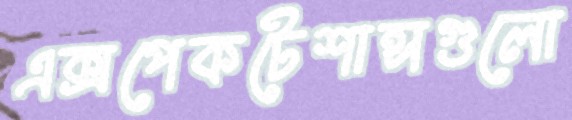
এক্সপেকটেশান্সগুলো